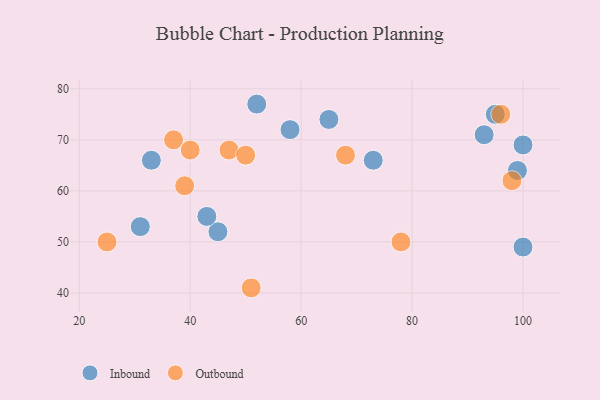
{"axis": {"x": "GDP", "y": "Life Expectancy"}, "legend": ["Inbound", "Outbound"], "data": [{"x": "45", "y": 52, "type": "Inbound"}, {"x": "93", "y": 71, "type": "Inbound"}, {"x": "58", "y": 72, "type": "Inbound"}, {"x": "95", "y": 75, "type": "Inbound"}, {"x": "73", "y": 66, "type": "Inbound"}, {"x": "43", "y": 55, "type": "Inbound"}, {"x": "65", "y": 74, "type": "Inbound"}, {"x": "100", "y": 49, "type": "Inbound"}, {"x": "99", "y": 64, "type": "Inbound"}, {"x": "52", "y": 77, "type": "Inbound"}, {"x": "100", "y": 69, "type": "Inbound"}, {"x": "33", "y": 66, "type": "Inbound"}, {"x": "31", "y": 53, "type": "Inbound"}, {"x": "39", "y": 61, "type": "Outbound"}, {"x": "78", "y": 50, "type": "Outbound"}, {"x": "98", "y": 62, "type": "Outbound"}, {"x": "68", "y": 67, "type": "Outbound"}, {"x": "96", "y": 75, "type": "Outbound"}, {"x": "51", "y": 41, "type": "Outbound"}, {"x": "47", "y": 68, "type": "Outbound"}, {"x": "25", "y": 50, "type": "Outbound"}, {"x": "37", "y": 70, "type": "Outbound"}, {"x": "40", "y": 68, "type": "Outbound"}, {"x": "50", "y": 67, "type": "Outbound"}]}